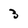
Character: 3